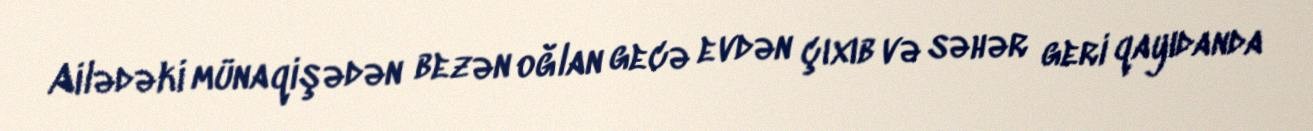
Ailədəki münaqişədən bezən oğlan gecə evdən çıxıb və səhər geri qayıdanda